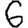
Digit: 6